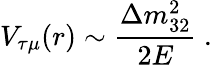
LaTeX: V_{\tau\mu}(r)\sim\frac{\Delta m_{32}^{2}}{2E}~.